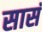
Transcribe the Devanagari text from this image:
सासं